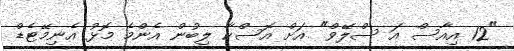
"12 އިއާސް އަ ސްލޭވް" އަށް އޮސްކާ ލިބުން އެންމެ މޮޅު އެނިމޭޓެޑް